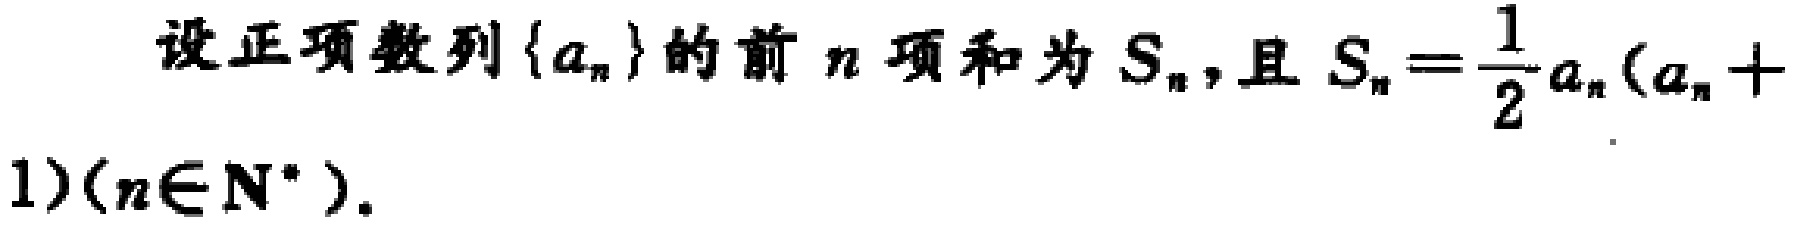
设正项数列\(\{a_{n}\}\)的前\(n\)项和为\(S_{n}\)，且\(S_{n}=\frac{1}{2}a_{n}(a_{n}+1)(n\in N^{*})\)。